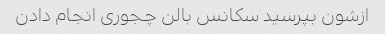
ازشون بپرسید سکانس بالن چجوری انجام دادن